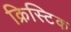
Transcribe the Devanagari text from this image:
क्रिस्टिक